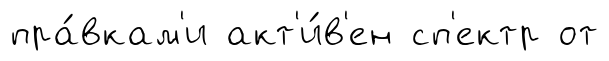
пра́вкам'и акт'и́в'ен сп'ектр от